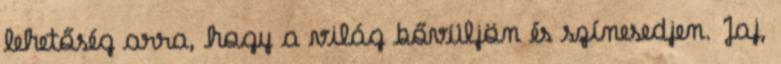
lehetőség arra, hogy a világ bővüljön és színesedjen. Jaj,